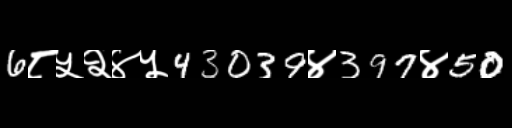
Text: 6८५२४५43039४397४50